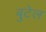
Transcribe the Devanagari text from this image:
बुटेल